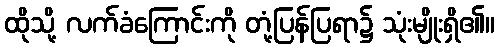
ထိုသို့ လက်ခံကြောင်းကို တုံ့ပြန်ပြရာ၌ သုံးမျိုးရှိ၏။